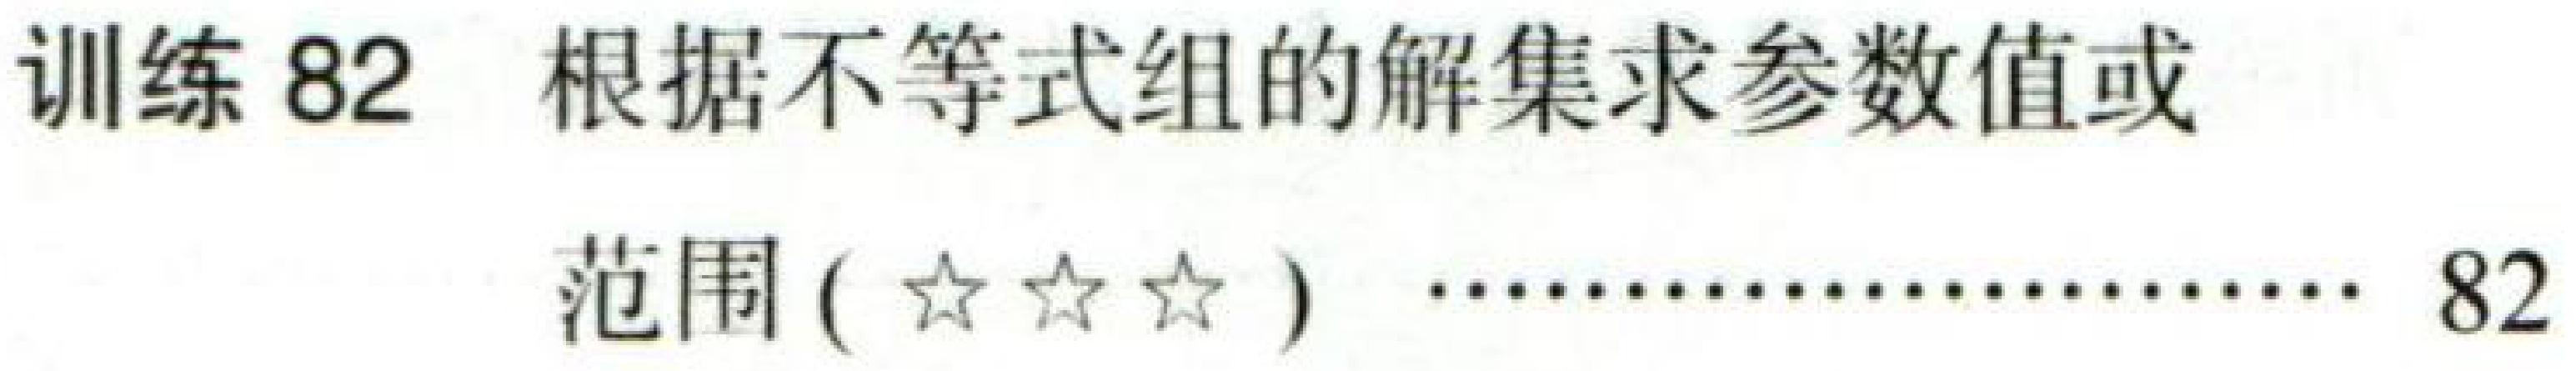
训练82 根据不等式组的解集求参数值或

范围(★★★) ………………… 82